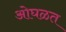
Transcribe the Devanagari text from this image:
ओघळत